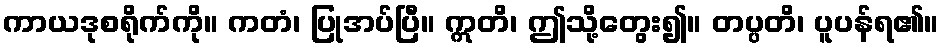
ကာယဒုစရိုက်ကို။ ကတံ၊ ပြုအပ်ပြီ။ ဣတိ၊ ဤသို့တွေး၍။ တပ္ပတိ၊ ပူပန်ရ၏။